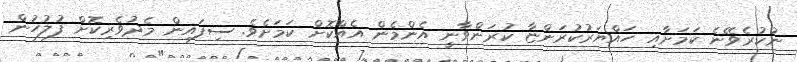
ނުކުރެވޭނެ ކަމަށާއި ހައްޔަރުކުރަންޏާ ކުރަންވާނީ އެންމެން އެއްކޮށް ކަމަށެވެ. ސިފައިން މެދުވެރިކޮށް ފުލުހުން